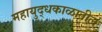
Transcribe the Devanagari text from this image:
महायुद्धकाळातील